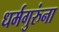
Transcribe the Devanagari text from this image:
धर्मगुरुंना